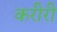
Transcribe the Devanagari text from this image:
करीरी